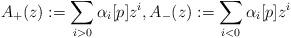
LaTeX: \begin{align*}A_+(z) := \sum_{i>0} \alpha_i[p] z^i, A_-(z) := \sum_{i<0} \alpha_i[p] z^i\end{align*}